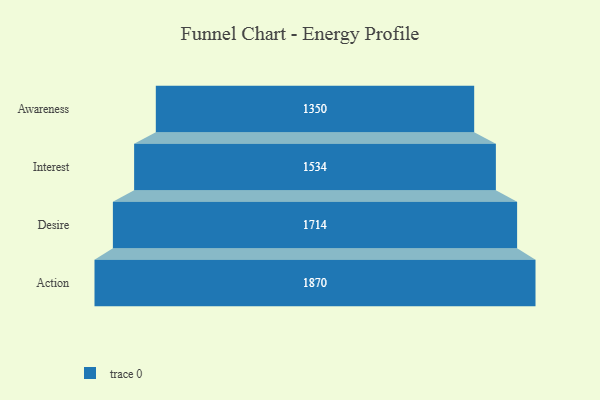
{"axis": {"x": "Stage", "y": "Value"}, "legend": [""], "data": [{"x": "Awareness", "y": 1350.0, "type": ""}, {"x": "Interest", "y": 1534.0, "type": ""}, {"x": "Desire", "y": 1714.0, "type": ""}, {"x": "Action", "y": 1870.0, "type": ""}]}